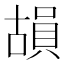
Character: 𮚍